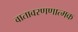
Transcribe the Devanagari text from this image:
वातावरणणात्मक